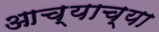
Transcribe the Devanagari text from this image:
आच्याच्या